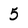
Character: 5